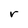
Character: r